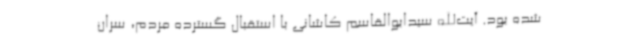
شده بود. آیت‌الله سیدابوالقاسم کاشانی با استقبال گسترده مردم، سران